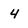
Character: 4